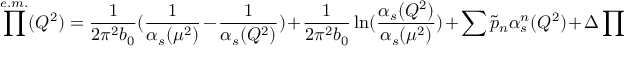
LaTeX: \prod ^ { e . m . } ( Q ^ { 2 } ) = \frac { 1 } { 2 \pi ^ { 2 } b _ { 0 } } ( \frac { 1 } { \alpha _ { s } ( \mu ^ { 2 } ) } - \frac { 1 } { \alpha _ { s } ( Q ^ { 2 } ) } ) + \frac { 1 } { 2 \pi ^ { 2 } b _ { 0 } } \ln ( \frac { \alpha _ { s } ( Q ^ { 2 } ) } { \alpha _ { s } ( \mu ^ { 2 } ) } ) + \sum \tilde { p } _ { n } \alpha _ { s } ^ { n } ( Q ^ { 2 } ) + \Delta \prod